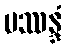
ပဿန္ဒံ